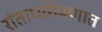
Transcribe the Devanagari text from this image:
रांताधळेपणात